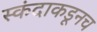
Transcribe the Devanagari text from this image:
स्कंदाकडूनच